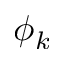
\phi _ { k }